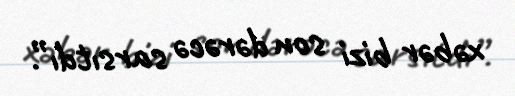
xəbər bizi son dərəcə sarsıtdı”.